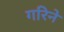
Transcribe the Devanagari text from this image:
गरिने